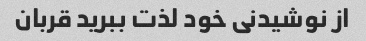
از نوشیدنی خود لذت ببرید قربان